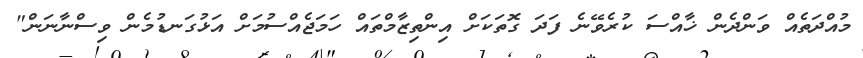
މުއްދަތެއް ވަންދެން ޚާއްސަ ކުރެވޭނެ ފަދަ ގޮތަކަށް އިންތިޒާމްތައް ހަމަޖެއްސުމަށް އަޅުގަނޑުމެން ވިސްނާނަން"